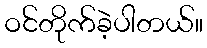
ဝင်တိုက်ခဲ့ပါတယ်။